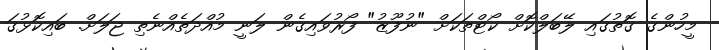
މީހުންގެ ގޮތުގައި ލޭބަލްކޮށް ކޯޓްތަކަށް "ނުފޫޒު" ފޯރުވައިގެން ލަނީ މުއްދަތެއްނެތި ޖަލަށް. ބައިކޮޅުގަ